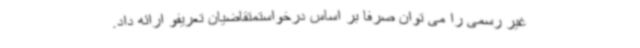
غیر رسمی را می توان صرفا بر اساس درخواستمتقاضیان تعریفو ارائه داد.